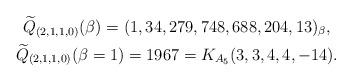
LaTeX: \begin{gather*}{\widetilde{Q}}_{(2,1,1,0)}(\beta) = (1,34,279,748,688,204,13)_{\beta},\\{\widetilde{Q}}_{(2,1,1,0)}(\beta =1)= 1967 = K_{A_{5}}(3,3,4,4,-14).\end{gather*}